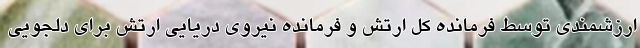
ارزشمندی توسط فرمانده کل ارتش و فرمانده نیروی دریایی ارتش برای دلجویی